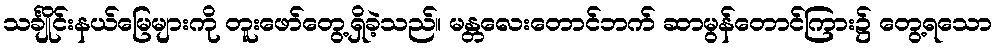
သင်္ချိုင်းနယ်မြေများကို တူးဖော်တွေ့ရှိခဲ့သည်။ မန္တလေးတောင်ဘက် ဆာမွန်တောင်ကြား၌ တွေ့ရသော